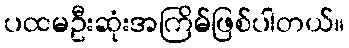
ပထမဦးဆုံးအကြိမ်ဖြစ်ပါတယ်။